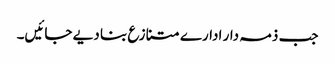
جب ذمہ دار ادارے متنازع بنا دیے جائیں۔